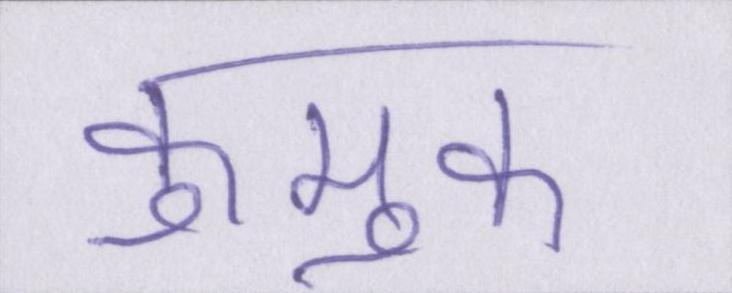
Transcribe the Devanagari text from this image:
कुमुक